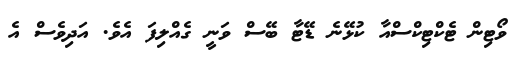
ވޯޓިން ޓެކްޓިކްސްއާ ކުޅޭނެ ޑޭޓާ ބޭސް ވަނީ ގެއްލިފަ އެވެ. އަދިވެސް އެ